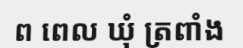
ព ពេល ឃុំ ត្រពាំង